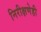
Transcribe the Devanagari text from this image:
निरीक्षणेही